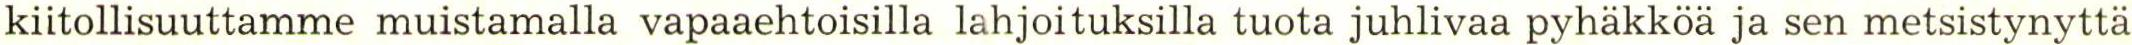
kiitollisuuttamme muistamalla vapaaehtoisilla lahjoituksilla tuota juhlivaa pyhäkköa ja sen metsistynyttä